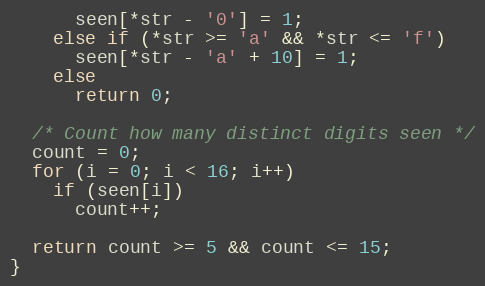
Language: C
      seen[*str - '0'] = 1;
    else if (*str >= 'a' && *str <= 'f')
      seen[*str - 'a' + 10] = 1;
    else
      return 0;

  /* Count how many distinct digits seen */
  count = 0;
  for (i = 0; i < 16; i++)
    if (seen[i])
      count++;

  return count >= 5 && count <= 15;
}